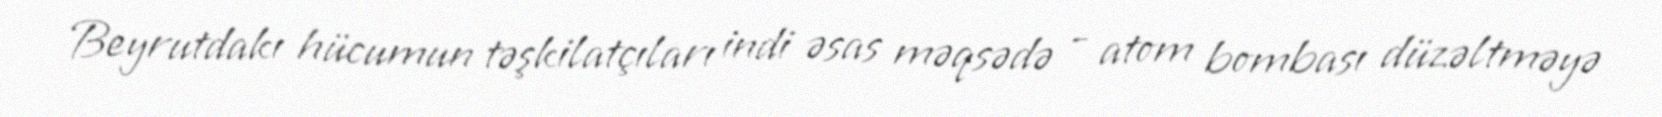
Beyrutdakı hücumun təşkilatçıları indi əsas məqsədə - atom bombası düzəltməyə